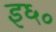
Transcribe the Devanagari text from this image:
इ६०